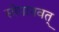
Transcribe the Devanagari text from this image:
सोपानवत्‌